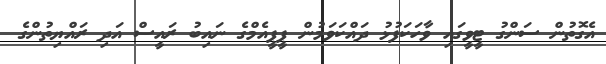
އެގޮތުން ސަންގު ޓީވީގައި ވާހަކަފުޅު ދައްކަވަމުން ޕީޕީއެމްގެ ނައިބު ރައީސް އަދި ރައްޔިތުންގެ